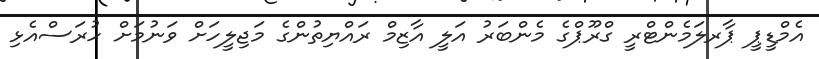
އެމްޑީޕީ ޕާރލަމެންޓްރީ ގްރޫޕްގެ މެންބަރު އަލީ އާޒިމް ރައްޔިތުންގެ މަޖިލީހަށް ވަނުމަށް ހުރަސްއެޅި